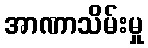
အာဏာသိမ်းမှု